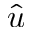
\hat { u }